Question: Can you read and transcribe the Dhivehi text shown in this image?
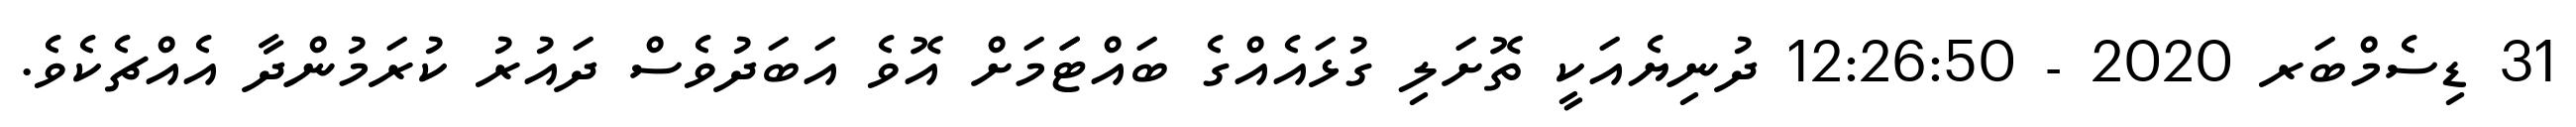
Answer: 31 ޑިސެމްބަރ 2020 - 12:26:50 ދުނިޔެއަކީ ތޮށަލި ގުޅައެއްގެ ބައްޓަަމަށް އޮވެ އަބަދުވެސް ދައުރު ކުރަމުންދާ އެއްޗެކެވެ.